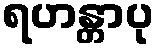
ရဟန္တာပု